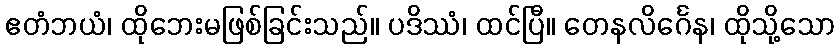
ဧတံဘယံ၊ ထိုဘေးမဖြစ်ခြင်းသည်။ ပဒိဿံ၊ ထင်ပြီ။ တေနလိင်္ဂေန၊ ထိုသို့သော